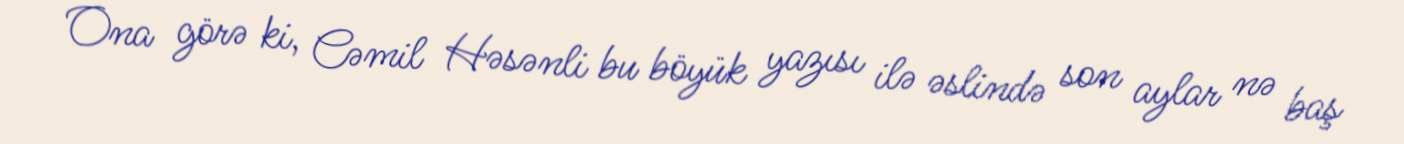
Ona görə ki, Cəmil Həsənli bu böyük yazısı ilə əslində son aylar nə baş